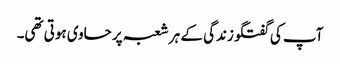
آپ کی گفتگو زندگی کے ہر شعبہ پر حاوی ہوتی تھی۔